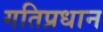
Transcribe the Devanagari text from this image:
गतिप्रधान